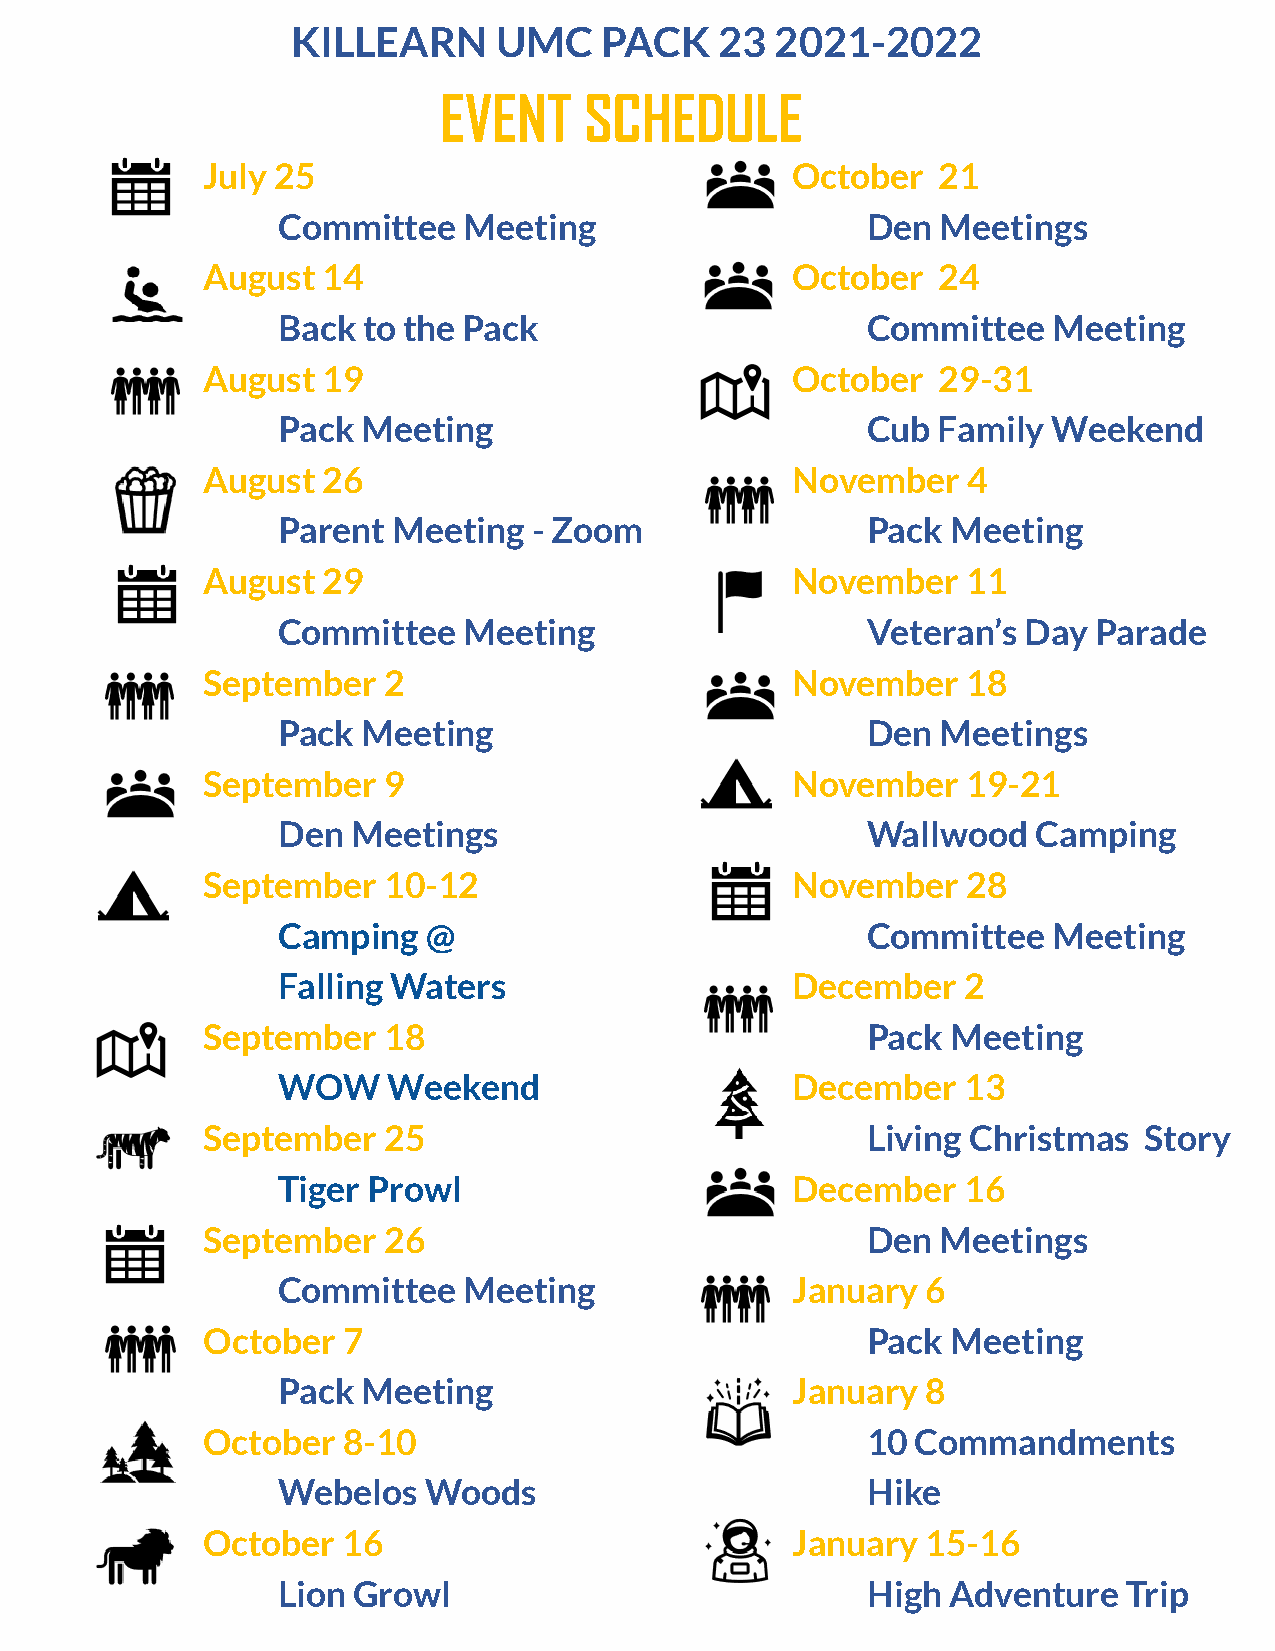
KILLEARN      UMC    PACK    23 2021-2022
 EVENT     SCHEDULE
 July 25                                October   21
 Committee    Meeting                   Den  Meetings
 August  14                             October   24
 Back  to the Pack                      Committee    Meeting
 August  19                             October   29-31
 Pack  Meeting                          Cub  Family  Weekend
 August  26                             November    4
 Parent  Meeting  - Zoom                Pack  Meeting
 August  29                             November    11
 Committee    Meeting                   Veteran’s  Day  Parade
 September   2Popcorn                   November    18
 Pack  Meeting                          Den  Meetings
 September   9Popcor                    November    19-21
 Den  Meetings                          Wallwood    Camping
 September   10-12                      November    28
 Camping   @                            Committee    Meeting
 Falling Waters                    December    2
 September   18                              Pack  Meeting
 WOW     Weekend                   December    13
 September   25                              Living Christmas   Story
 Tiger Prowl                       December    16
 September   26                              Den  Meetings
 Committee    Meeting              January  6
 October   7                                 Pack  Meeting
 Pack  Meeting                     January  8
 October   8-10                              10  Commandments
 Webelos   Woods                        Hike
 October   16Popcorn                    January  15-16
 Lion Growl                             High  Adventure   Trip